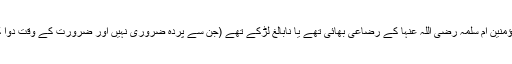
راوی نے کہا کہ میں گمان کرتا ہوں کہ انہوں نے کہا کہ ابو طیبہ اُمّ المؤمنین اُمّ سلمہ رضی اللہ عنہا کے رضاعی بھائی تھے یا نابالغ لڑکے تھے (جن سے پردہ ضروری نہیں اور ضرورت کے وقت دوا کے لئے اگر عورت یا لڑکا نہ ملے تو اجنبی شخص بھی لگا سکتا ہے )۔